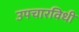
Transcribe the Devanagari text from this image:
उपचारविधी